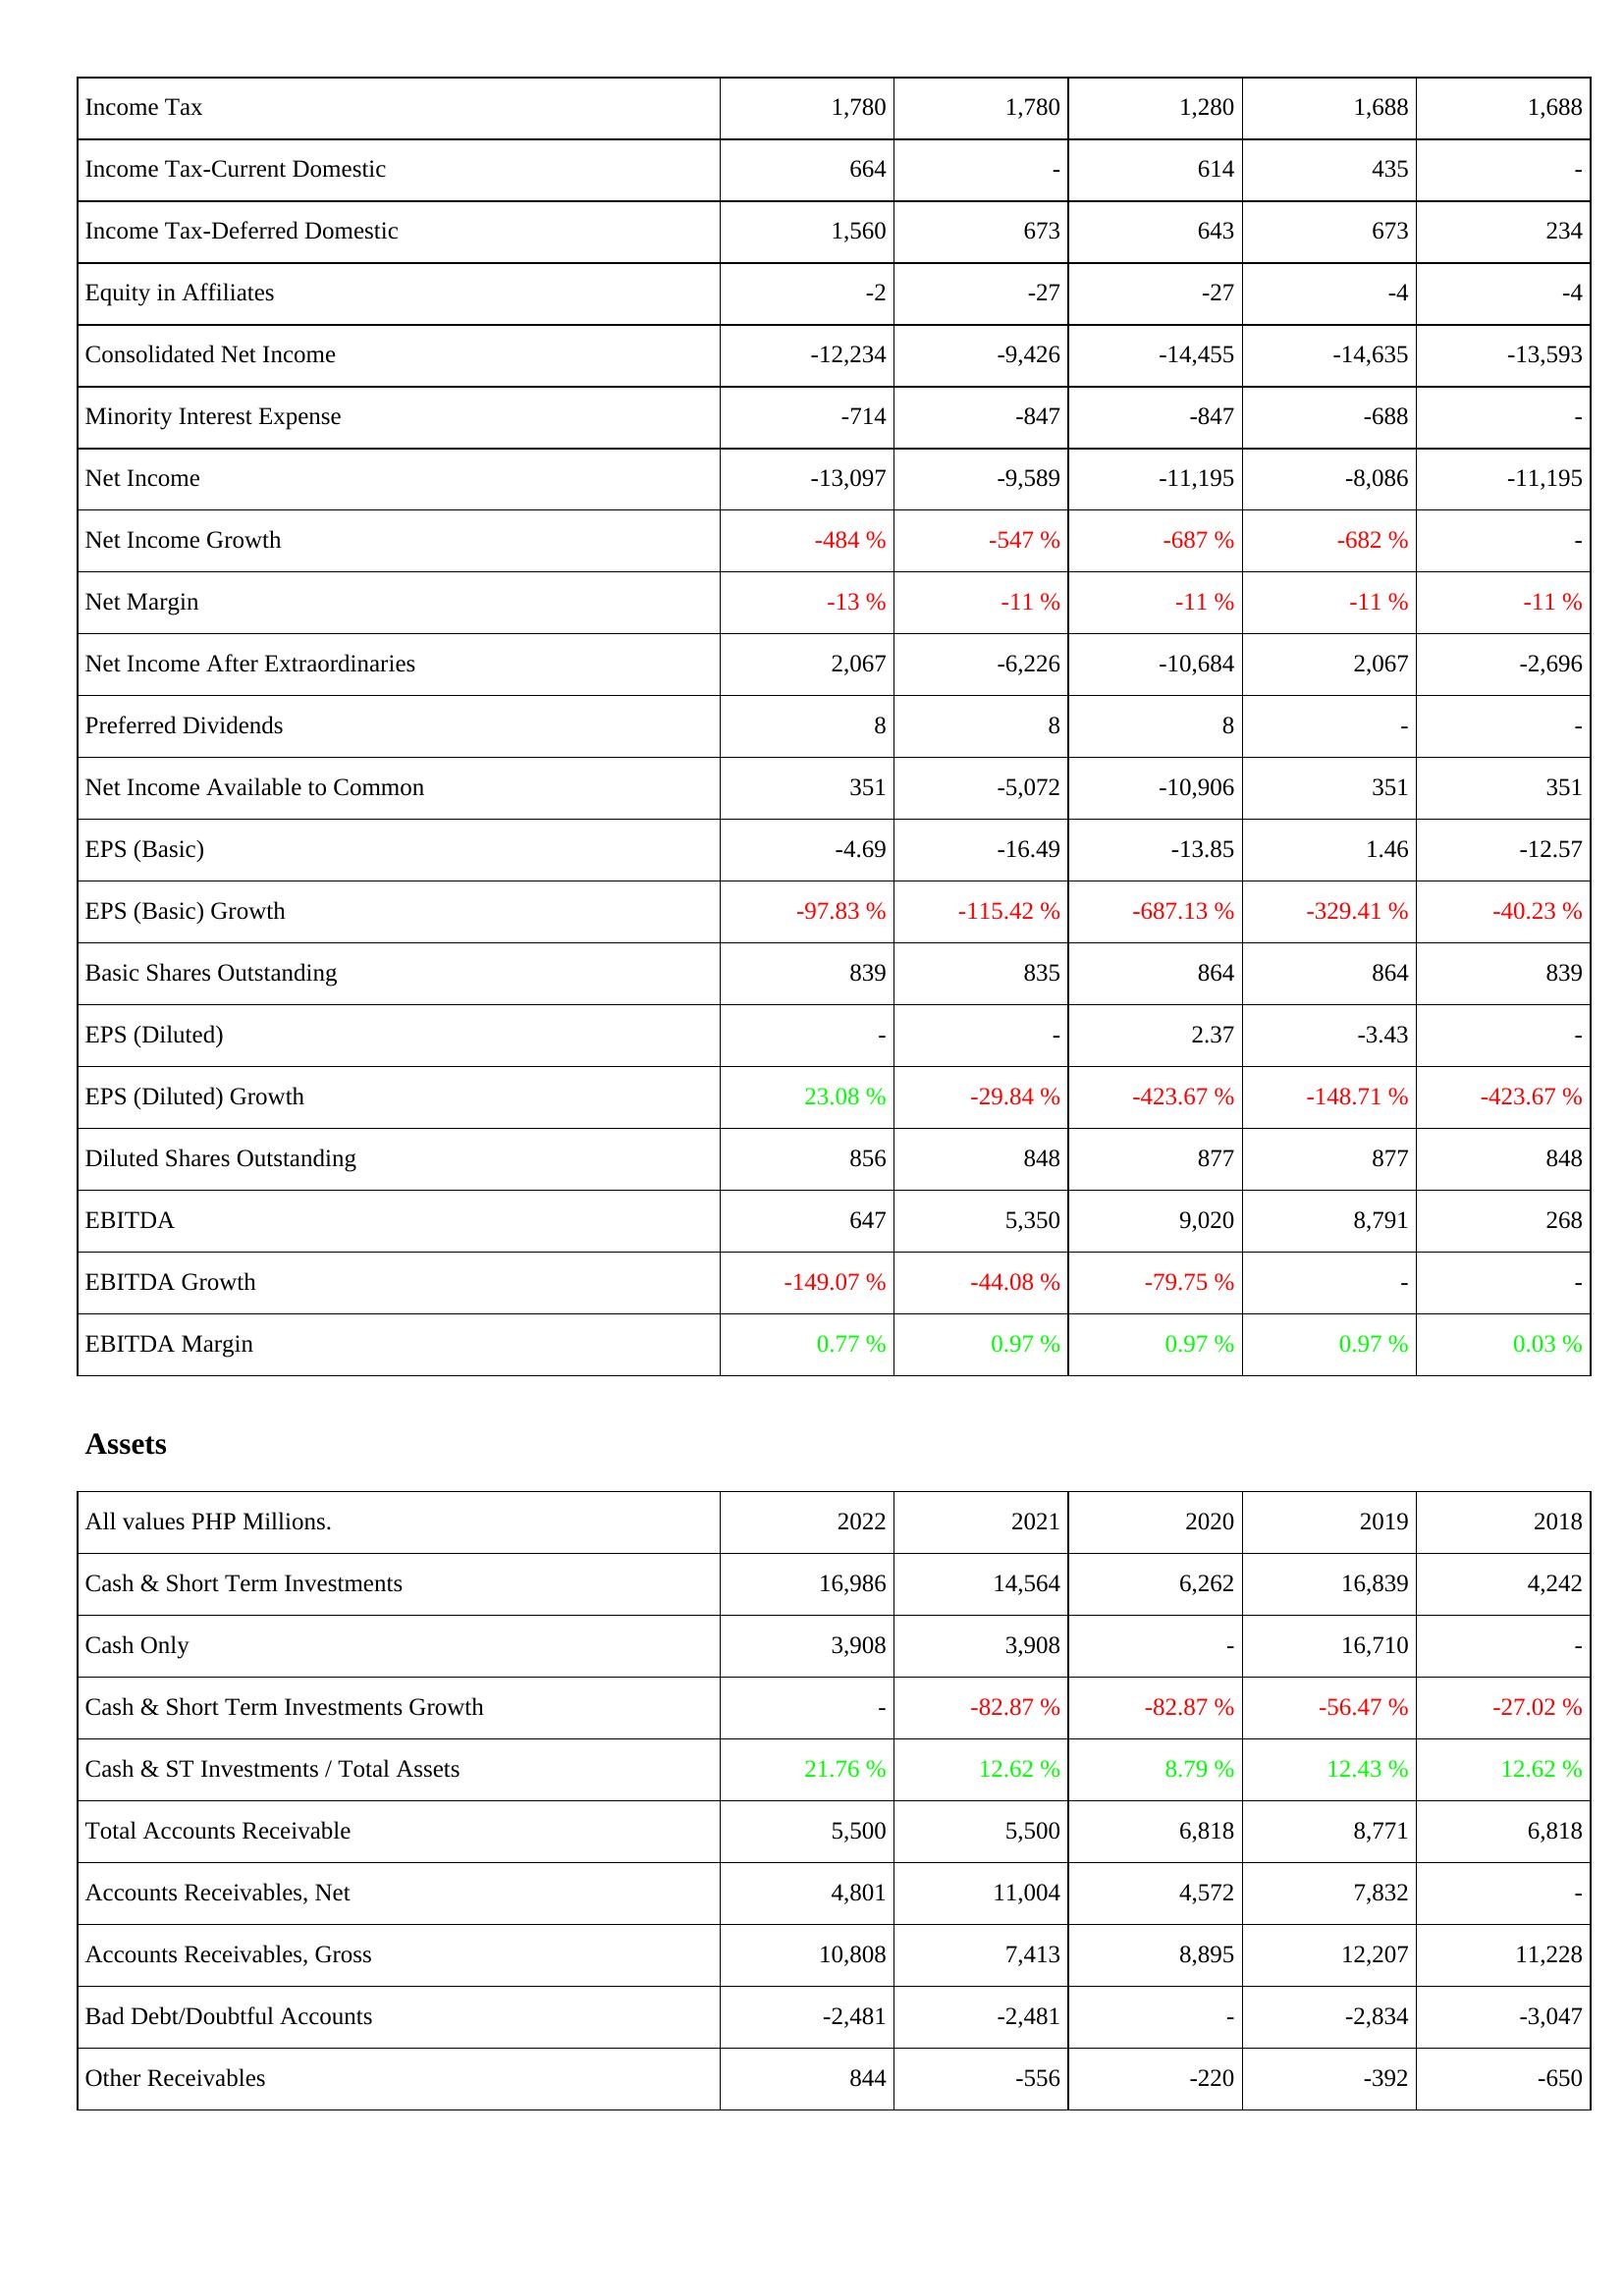
2022: Income Statement: Income Tax: 1,780
Income Tax-Current Domestic: 664
Income Tax-Deferred Domestic: 1,560
Equity in Affiliates: -2
Consolidated Net Income: -12,234
Minority Interest Expense: -714
Net Income: -13,097
Net Income Growth: -484 %
Net Margin: -13 %
Net Income After Extraordinaries: 2,067
Preferred Dividends: 8
Net Income Available to Common: 351
EPS (Basic): -4.69
EPS (Basic) Growth: -97.83 %
Basic Shares Outstanding: 839
EPS (Diluted): -
EPS (Diluted) Growth: 23.08 %
Diluted Shares Outstanding: 856
EBITDA: 647
EBITDA Growth: -149.07 %
EBITDA Margin: 0.77 %
Assets: Cash & Short Term Investments: 16,986
Cash Only: 3,908
Cash & Short Term Investments Growth: -
Cash & ST Investments / Total Assets: 21.76 %
Total Accounts Receivable: 5,500
Accounts Receivables, Net: 4,801
Accounts Receivables, Gross: 10,808
Bad Debt/Doubtful Accounts: -2,481
Other Receivables: 844
2021: Income Statement: Income Tax: 1,780
Income Tax-Current Domestic: -
Income Tax-Deferred Domestic: 673
Equity in Affiliates: -27
Consolidated Net Income: -9,426
Minority Interest Expense: -847
Net Income: -9,589
Net Income Growth: -547 %
Net Margin: -11 %
Net Income After Extraordinaries: -6,226
Preferred Dividends: 8
Net Income Available to Common: -5,072
EPS (Basic): -16.49
EPS (Basic) Growth: -115.42 %
Basic Shares Outstanding: 835
EPS (Diluted): -
EPS (Diluted) Growth: -29.84 %
Diluted Shares Outstanding: 848
EBITDA: 5,350
EBITDA Growth: -44.08 %
EBITDA Margin: 0.97 %
Assets: Cash & Short Term Investments: 14,564
Cash Only: 3,908
Cash & Short Term Investments Growth: -82.87 %
Cash & ST Investments / Total Assets: 12.62 %
Total Accounts Receivable: 5,500
Accounts Receivables, Net: 11,004
Accounts Receivables, Gross: 7,413
Bad Debt/Doubtful Accounts: -2,481
Other Receivables: -556
2020: Income Statement: Income Tax: 1,280
Income Tax-Current Domestic: 614
Income Tax-Deferred Domestic: 643
Equity in Affiliates: -27
Consolidated Net Income: -14,455
Minority Interest Expense: -847
Net Income: -11,195
Net Income Growth: -687 %
Net Margin: -11 %
Net Income After Extraordinaries: -10,684
Preferred Dividends: 8
Net Income Available to Common: -10,906
EPS (Basic): -13.85
EPS (Basic) Growth: -687.13 %
Basic Shares Outstanding: 864
EPS (Diluted): 2.37
EPS (Diluted) Growth: -423.67 %
Diluted Shares Outstanding: 877
EBITDA: 9,020
EBITDA Growth: -79.75 %
EBITDA Margin: 0.97 %
Assets: Cash & Short Term Investments: 6,262
Cash Only: -
Cash & Short Term Investments Growth: -82.87 %
Cash & ST Investments / Total Assets: 8.79 %
Total Accounts Receivable: 6,818
Accounts Receivables, Net: 4,572
Accounts Receivables, Gross: 8,895
Bad Debt/Doubtful Accounts: -
Other Receivables: -220
2019: Income Statement: Income Tax: 1,688
Income Tax-Current Domestic: 435
Income Tax-Deferred Domestic: 673
Equity in Affiliates: -4
Consolidated Net Income: -14,635
Minority Interest Expense: -688
Net Income: -8,086
Net Income Growth: -682 %
Net Margin: -11 %
Net Income After Extraordinaries: 2,067
Preferred Dividends: -
Net Income Available to Common: 351
EPS (Basic): 1.46
EPS (Basic) Growth: -329.41 %
Basic Shares Outstanding: 864
EPS (Diluted): -3.43
EPS (Diluted) Growth: -148.71 %
Diluted Shares Outstanding: 877
EBITDA: 8,791
EBITDA Growth: -
EBITDA Margin: 0.97 %
Assets: Cash & Short Term Investments: 16,839
Cash Only: 16,710
Cash & Short Term Investments Growth: -56.47 %
Cash & ST Investments / Total Assets: 12.43 %
Total Accounts Receivable: 8,771
Accounts Receivables, Net: 7,832
Accounts Receivables, Gross: 12,207
Bad Debt/Doubtful Accounts: -2,834
Other Receivables: -392
2018: Income Statement: Income Tax: 1,688
Income Tax-Current Domestic: -
Income Tax-Deferred Domestic: 234
Equity in Affiliates: -4
Consolidated Net Income: -13,593
Minority Interest Expense: -
Net Income: -11,195
Net Income Growth: -
Net Margin: -11 %
Net Income After Extraordinaries: -2,696
Preferred Dividends: -
Net Income Available to Common: 351
EPS (Basic): -12.57
EPS (Basic) Growth: -40.23 %
Basic Shares Outstanding: 839
EPS (Diluted): -
EPS (Diluted) Growth: -423.67 %
Diluted Shares Outstanding: 848
EBITDA: 268
EBITDA Growth: -
EBITDA Margin: 0.03 %
Assets: Cash & Short Term Investments: 4,242
Cash Only: -
Cash & Short Term Investments Growth: -27.02 %
Cash & ST Investments / Total Assets: 12.62 %
Total Accounts Receivable: 6,818
Accounts Receivables, Net: -
Accounts Receivables, Gross: 11,228
Bad Debt/Doubtful Accounts: -3,047
Other Receivables: -650